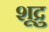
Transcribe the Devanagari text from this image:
शूद्रु